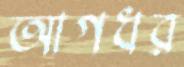
আগধর